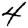
Digit: 4